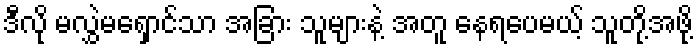
ဒီလို မလွှဲမရှောင်သာ အခြား သူများနဲ့ အတူ နေရပေမယ့် သူတို့အဖို့